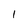
Character: 1